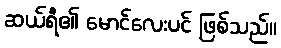
ဆယ်ရီ၏ မောင်လေးပင် ဖြစ်သည်။